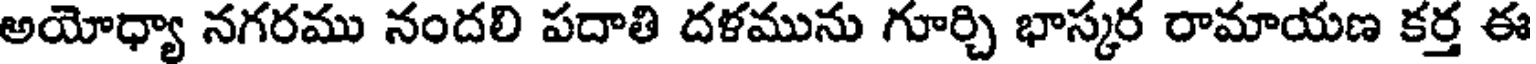
అయోధ్యా నగరము నందలి పదాతి దళమును గూర్చి భాస్కర రామాయణ కర్త ఈ